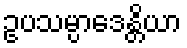
ဥပသမ္ပာဒေန္တိယာ